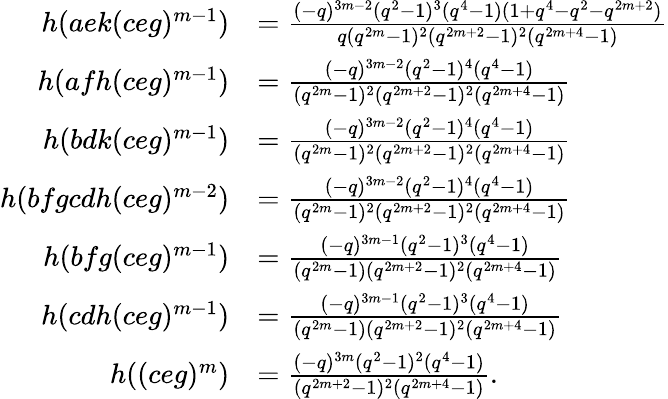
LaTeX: \begin{array}{rl}{h(aek(ceg)^{m-1})}&{=\frac{(-q)^{3m-2}(q^{2}-1)^{3}(q^{4}-1)(1+q^{4}-q^{2}-q^{2m+2})}{q(q^{2m}-1)^{2}(q^{2m+2}-1)^{2}(q^{2m+4}-1)}}\\ {h(afh(ceg)^{m-1})}&{=\frac{(-q)^{3m-2}(q^{2}-1)^{4}(q^{4}-1)}{(q^{2m}-1)^{2}(q^{2m+2}-1)^{2}(q^{2m+4}-1)}}\\ {h(bdk(ceg)^{m-1})}&{=\frac{(-q)^{3m-2}(q^{2}-1)^{4}(q^{4}-1)}{(q^{2m}-1)^{2}(q^{2m+2}-1)^{2}(q^{2m+4}-1)}}\\ {h(bfgcdh(ceg)^{m-2})}&{=\frac{(-q)^{3m-2}(q^{2}-1)^{4}(q^{4}-1)}{(q^{2m}-1)^{2}(q^{2m+2}-1)^{2}(q^{2m+4}-1)}}\\ {h(bfg(ceg)^{m-1})}&{=\frac{(-q)^{3m-1}(q^{2}-1)^{3}(q^{4}-1)}{(q^{2m}-1)(q^{2m+2}-1)^{2}(q^{2m+4}-1)}}\\ {h(cdh(ceg)^{m-1})}&{=\frac{(-q)^{3m-1}(q^{2}-1)^{3}(q^{4}-1)}{(q^{2m}-1)(q^{2m+2}-1)^{2}(q^{2m+4}-1)}}\\ {h((ceg)^{m})}&{=\frac{(-q)^{3m}(q^{2}-1)^{2}(q^{4}-1)}{(q^{2m+2}-1)^{2}(q^{2m+4}-1)}.}\end{array}